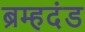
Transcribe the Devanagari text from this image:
ब्रम्हदंड